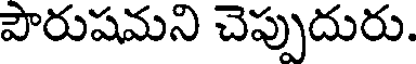
పొరుషమని చెప్పుదురు.